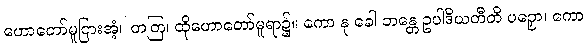
ဟောတော်မူငြားအံ့။ တတြ၊ ထိုဟောတော်မူရာ၌။ ကော နု ခေါ ဘန္တေ ဥပါဒိယတီတိ ပဉှော၊ ကော